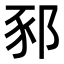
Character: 𨛤